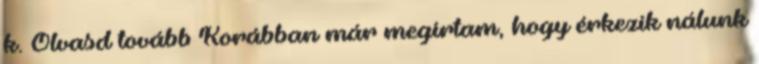
k. Olvasd tovább Korábban már megírtam, hogy érkezik nálunk